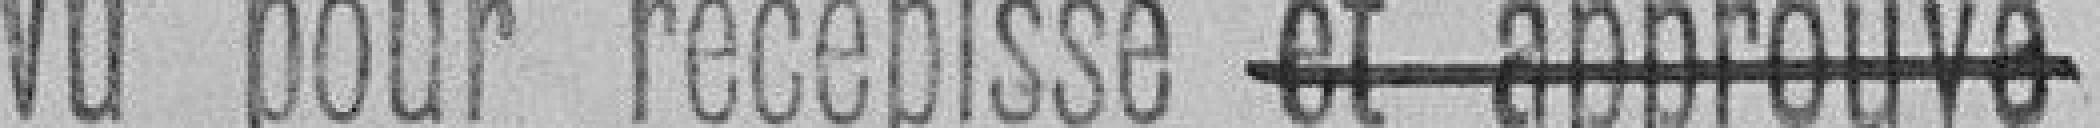
Vu pour récépissé et approuvé